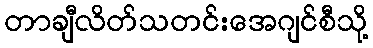
တာချီလိတ်သတင်းအေဂျင်စီသို့